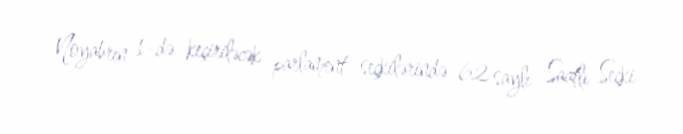
Noyabrın 1-də keçiriləcək parlament seçkilərində 62 saylı Saatlı Seçki